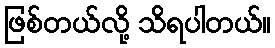
ဖြစ်တယ်လို့ သိရပါတယ်။